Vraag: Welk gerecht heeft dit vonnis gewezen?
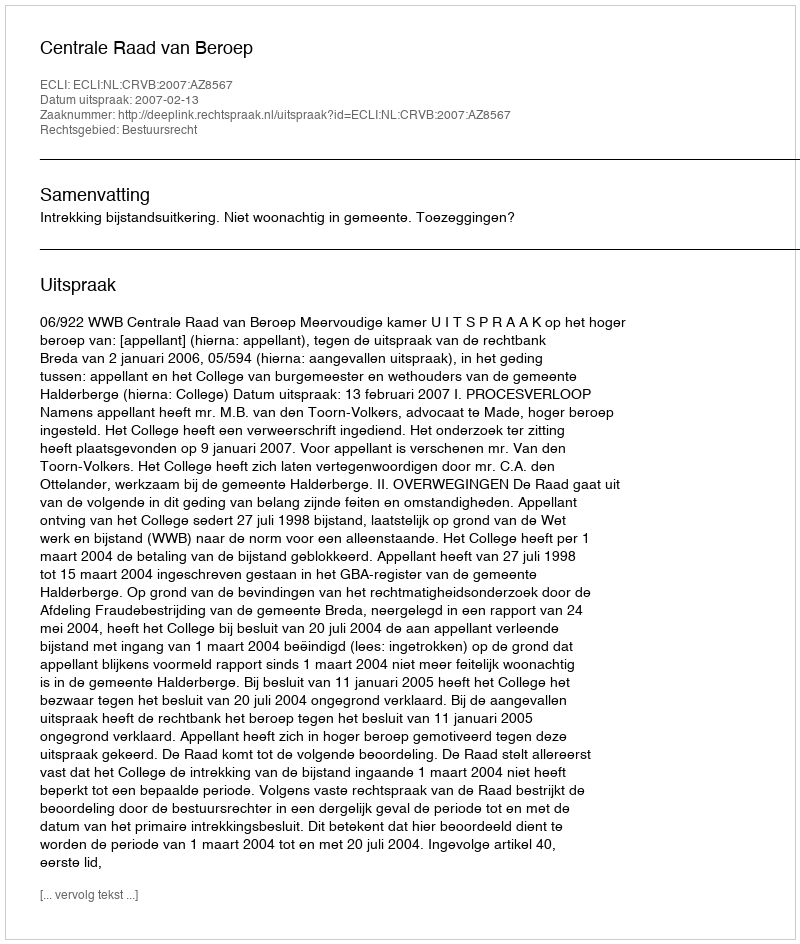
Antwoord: Centrale Raad van Beroep